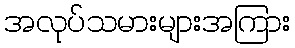
အလုပ်သမားများအကြား